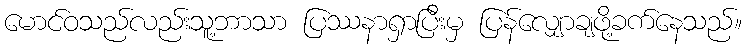
မောင်ဝသည်လည်းသူ့ဘာသာ ပြဿနာရှာပြီးမှ ပြန်လျှောချဖို့ခက်နေသည်။